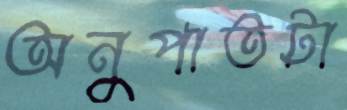
অনুপাতটা